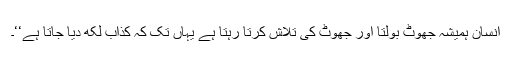
انسان ہمیشہ جھوٹ بولتا اور جھوٹ کی تلاش کرتا رہتا ہے یہاں تک کہ کذاب لکھ دیا جاتا ہے‘‘۔